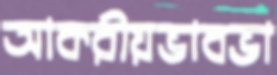
আকরীয়ভাবভা